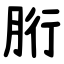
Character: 胻